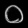
Digit: ၀